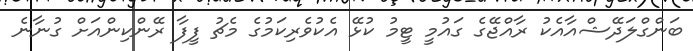
ބަންގްލަދޭޝްއާއެކު ރާއްޖޭގެ ގައުމީ ޓީމު ކުޅޭ އެކުވެރިކަމުގެ މެޗު ފީފާ ރޭންކިންއަށް ގުނާނެ